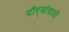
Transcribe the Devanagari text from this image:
दौर्‍यांसाठी